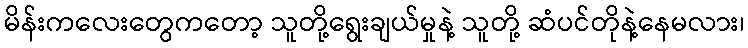
မိန်းကလေးတွေကတော့ သူတို့ရွေးချယ်မှုနဲ့ သူတို့ ဆံပင်တိုနဲ့နေမလား၊